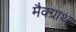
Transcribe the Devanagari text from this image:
मैक्ग्राथ